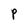
Character: P